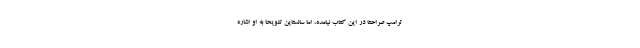
ترامپ صراحتاً در این کتاب نیامده، اما سانستاین تلویحاً به او اشاره